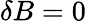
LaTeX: \delta B=0